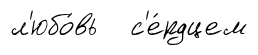
л'юбо́вь с'е́рдцем